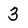
Character: 3